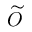
\widetilde O